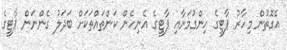
އެގޮތުން މިހާރު ޕާޓީގެ ހިންގުމަށާއި ޕާޓީގެ އެނިހެން ކަންތައްތަކަށް ބަދަލު ގެންނަން ޕާޓީގެ